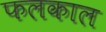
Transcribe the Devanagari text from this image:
फलकाल